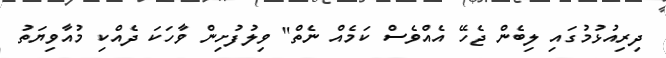
ދިރިއުޅުމުގައި ލިބެން ޖެހޭ އެއްވެސް ކަމެއް ނެތް" ވިލުފުށިން ވާހަކަ ދެއްކި މުއާވިޔަތު